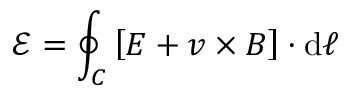
{ \mathcal { E } } = \oint _ { C } \left[ { \boldsymbol { E } } + { \boldsymbol { v } } \times { \boldsymbol { B } } \right] \cdot \mathrm { d } { \boldsymbol { \ell } }